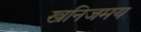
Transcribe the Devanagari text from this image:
खनिजमय